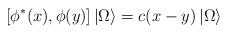
\begin{align*}\left[ \phi ^{\ast }(x),\phi (y)\right] \left| \Omega \right\rangle=c(x-y)\left| \Omega \right\rangle\end{align*}